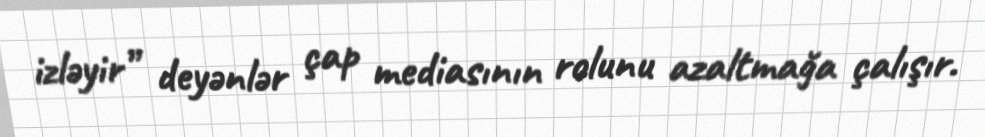
izləyir” deyənlər çap mediasının rolunu azaltmağa çalışır.